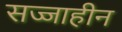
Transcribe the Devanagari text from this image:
सज्जाहीन